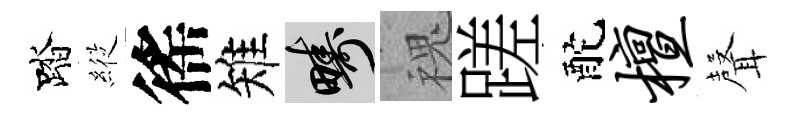
踏𦂵徭雉疇槐蹉酡檀𮋻